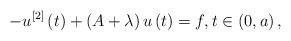
LaTeX: \begin{align*}\ -u^{\left[ 2\right] }\left( t\right) +\left( A+\lambda \right) u\left(t\right) =f,t\in \left( 0,a\right) , \end{align*}